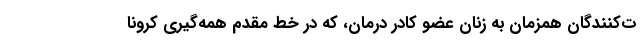
ت‌کنندگان همزمان به زنان عضو کادر درمان، که در خط مقدم همه‌گیری کرونا